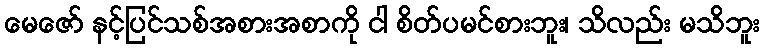
မေဇော် နင့်ပြင်သစ်အစားအစာကို ငါ စိတ်ပမင်စားဘူး၊ သိလည်း မသိဘူး